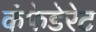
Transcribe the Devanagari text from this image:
कंफेडेरेट